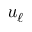
u _ { \ell }